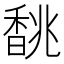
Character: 𩡂